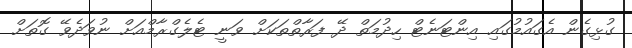
ގުޅިގެން އެގައުމުގައި އިންޓަނެޓް ހިދުމަތް ދޭ ފަރާތްތަކަށް ވަނީ ޓެލެގްރާމްއަށް ނުވަދެވޭ ގޮތަށް